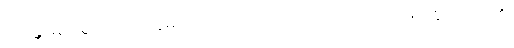
ဘန္တေ၊ မြတ်စွာဘုရား။ ဣဓ၊ ဤသာသနာတော်၌။ ဘဂဝတော၊ မြတ်စွာဘုရား၏။